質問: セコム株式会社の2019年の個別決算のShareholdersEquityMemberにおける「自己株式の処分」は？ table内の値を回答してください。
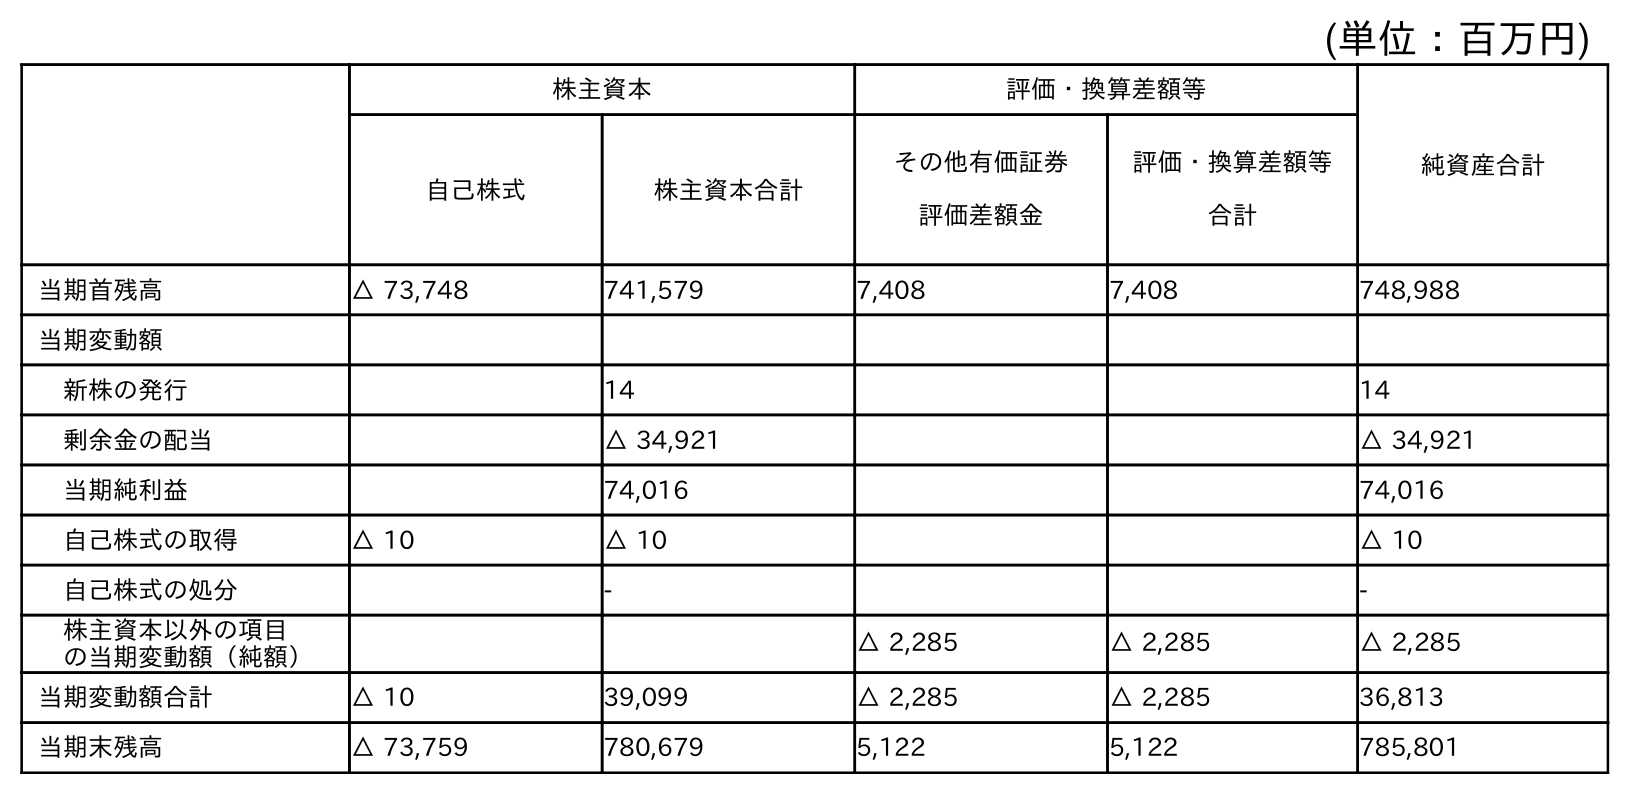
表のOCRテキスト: (単位：百万円) 株主資本 評価・換算差額等 純資産合計 自己株式 株主資本合計 その他有価証券 評価差額金 評価・換算差額等 合計 当期首残高 △ 73,748 741,579 7,408 7,408 748,988 当期変動額 新株の発行 14 14 剰余金の配当 △ 34,921 △ 34,921 当期純利益 74,016 74,016 自己株式の取得 △ 10 △ 10 △ 10 自己株式の処分 - - 株主資本以外の項目 の当期変動額（純額） △ 2,285 △ 2,285 △ 2,285 当期変動額合計 △ 10 39,099 △ 2,285 △ 2,285 36,813 当期末残高 △ 73,759 780,679 5,122 5,122 785,801
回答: -